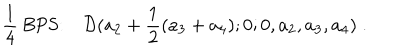
{ \frac { 1 } { 4 } } \mathrm { ~ B P S : } \quad { \cal D } ( a _ { 2 } + { \frac { 1 } { 2 } } ( a _ { 3 } + a _ { 4 } ) ; 0 ; 0 , a _ { 2 } , a _ { 3 } , a _ { 4 } ) \; .